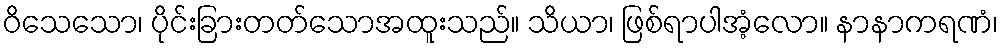
ဝိသေသော၊ ပိုင်းခြားတတ်သောအထူးသည်။ သိယာ၊ ဖြစ်ရာပါအံ့လော။ နာနာကရဏံ၊